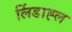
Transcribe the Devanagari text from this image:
लिंडाह्ल